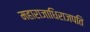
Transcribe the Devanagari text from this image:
महाराजाधिराजपति